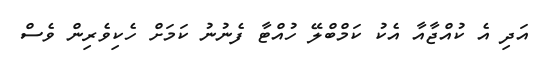
އަދި އެ ކުއްޖާއާ އެކު ކަމްބްލޭ ހުއްޓާ ފެނުނު ކަމަށް ހެކިވެރިން ވެސް